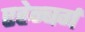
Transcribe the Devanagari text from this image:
एह्रेन्बर्ग